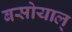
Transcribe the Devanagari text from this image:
बसोयाल्